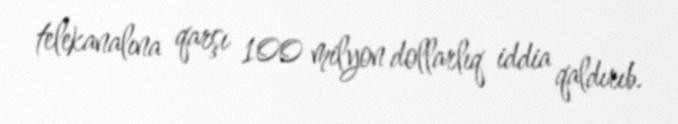
telekanalına qarşı 100 milyon dollarlıq iddia qaldırıb.